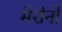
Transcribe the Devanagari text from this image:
मेरीनो